Code of medical and sanitary regulations for the guidance of medical officers serving in the Madras Presidency - Volume I
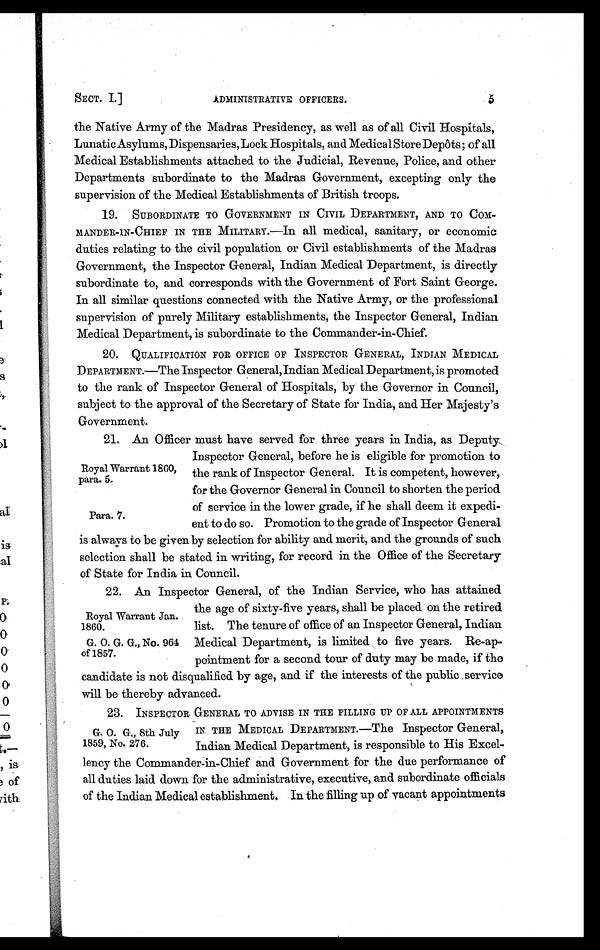
ADMINISTRATIVE OFFICERS.
SECT. I.]
Royal Warrant 1860,
para. 5.
Para. 7.
Royal Warrant Jan.
1860.
G. 0. G. G., No. 964
of 1857.
the Native Army of the Madras Presidency, as well as of all Civil Hospitals,
Lunatic Asylums, Dispensaries, Lock Hospitals, and Medical Store Depôts; of all
Medical Establishments attached to the Judicial, Revenue, Police, and other
Departments subordinate to the Madras Government, excepting only the
supervision of the Medical Establishments of British troops.
19. SUBORDINATE TO GOVERNMENT IN CIVIL DEPARTMENT, AND TO COM-
MANDER-IN-CHIEF IN THE MILITARY.—In all medical, sanitary, or economic
duties relating to the civil population or Civil establishments of the Madras
Government, the Inspector General, Indian Medical Department, is directly
subordinate to, and corresponds with the Government of Fort Saint George.
In all similar questions connected with the Native Army, or the professional
supervision of purely Military establishments, the Inspector General, Indian
Medical Department, is subordinate to the Commander-in-Chief.
20. QUALIFICATION FOR OFFICE OF INSPECTOR GENERAL, INDIAN MEDICAL
DEPARTMENT.—The Inspector General, Indian Medical Department, is promoted
to the rank of Inspector General of Hospitals, by the Governor in Council,
subject to the approval of the Secretary of State for India, and Her Majesty's
Government.
21. An Officer must have served for three years in India, as Deputy.
Inspector General, before he is eligible for promotion to
the rank of Inspector General. It is competent, however,
for the Governor General in Council to shorten the period
of service in the lower grade, if he shall deem it expedi-
ent to do so. Promotion to the grade of Inspector General
is always to be given by selection for ability and merit, and the grounds of such
selection shall be stated in writing, for record in the Office of the Secretary
of State for India in Council.
22. An Inspector General, of the Indian Service, who has attained
the age of sixty-five years, shall be placed on the retired
list. The tenure of office of an Inspector General, Indian
Medical Department, is limited , to five years. Re-ap-
pointment for a second tour of duty may be made, if the
candidate is not disqualified by age, and if the interests of the public service
will be thereby advanced.
23. INSPECTOR, GENERAL TO ADVISE IN THE FILLING UP OF ALL APPOINTMENTS
IN THE MEDICAL DEPARTMENT.— The Inspector General,
Indian Medical Department, is responsible to His Excel-
lency the Commander-in-Chief and Government for the due performance of
all duties laid down for the administrative, executive, and subordinate officials
of the Indian Medical establishment. In the filling up of vacant appointments
G. O. G., 8th July
1859, No. 276.